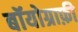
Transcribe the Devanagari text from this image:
बॉयोग्राफ़ी